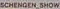
SCHENGEN_SHOW